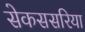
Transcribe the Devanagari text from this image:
सेकससरिया